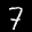
Label: 7